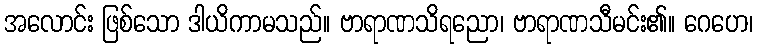
အလောင်း ဖြစ်သော ဒါယိကာမသည်။ ဗာရာဏသိရညော၊ ဗာရာဏသီမင်း၏။ ဂေဟေ၊